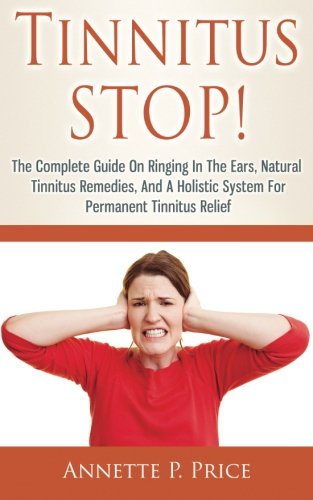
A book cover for Tinnitus STOP! - The Complete Guide On Ringing In The Ears, Natural Tinnitus Remedies, And A Holistic System For Permanent Tinnitus Relief; Annette P. Price; Health, Fitness & Dieting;